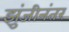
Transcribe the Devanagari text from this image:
झुंजीनंतर